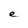
Character: e